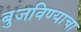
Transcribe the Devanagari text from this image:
बुजविण्याचा